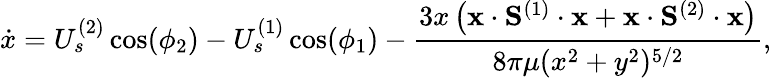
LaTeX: \dot{x}=U_{s}^{(2)}\cos(\phi_{2})-U_{s}^{(1)}\cos(\phi_{1})-\frac{3x\left(\mathbf{x}\cdot\mathbf{S}^{(1)}\cdot\mathbf{x}+\mathbf{x}\cdot\mathbf{S}^{(2)}\cdot\mathbf{x}\right)}{8\pi\mu(x^{2}+y^{2})^{5/2}},